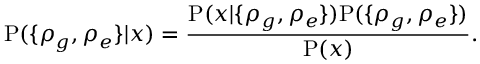
\mathrm P ( \{ \rho _ { g } , \rho _ { e } \} | x ) = \frac { \mathrm P ( x | \{ \rho _ { g } , \rho _ { e } \} ) \mathrm P ( \{ \rho _ { g } , \rho _ { e } \} ) } { \mathrm P ( x ) } .